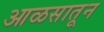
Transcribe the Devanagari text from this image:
आळसातून